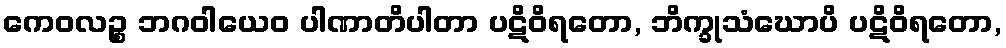
ကေဝလဉ္စ ဘဂဝါယေဝ ပါဏာတိပါတာ ပဋိဝိရတော, ဘိက္ခုသံဃောပိ ပဋိဝိရတော,